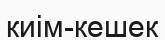
киім-кешек